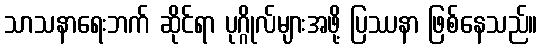
သာသနာရေးဘက် ဆိုင်ရာ ပုဂ္ဂိုလ်များအဖို့ ပြဿနာ ဖြစ်နေသည်။